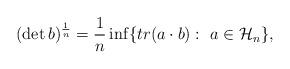
LaTeX: \begin{align*}(\det b)^\frac{1}{n}=\frac{1}{n}\inf\{tr(a\cdot b): ~a \in \mathcal{H}_n \},\end{align*}